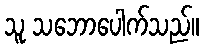
သူ သဘောပေါက်သည်။